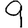
Digit: 9